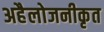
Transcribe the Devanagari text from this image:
अहैलोजनीकृत